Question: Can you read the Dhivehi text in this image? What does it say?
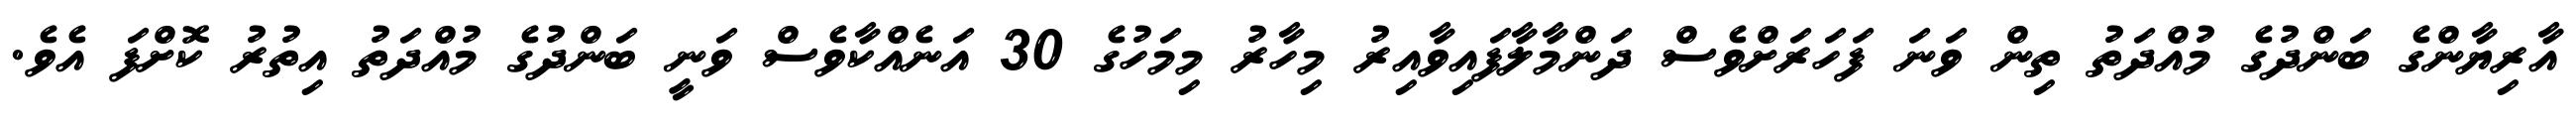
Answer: އާރިޔާންގެ ބަންދުގެ މުއްދަތު ތިން ވަނަ ފަހަރަށްވެސް ދަންމާލާފައިވާއިރު މިހާރު މިމަހުގެ 30 އަނެއްކާވެސް ވަނީ ބަންދުގެ މުއްދަތު އިތުރު ކޮށްފަ އެވެ.